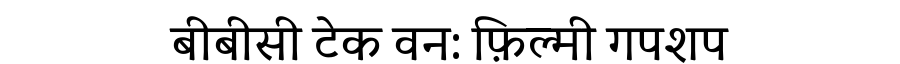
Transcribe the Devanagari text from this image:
बीबीसी टेक वन: फ़िल्मी गपशप